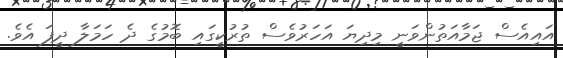
އައިއެސް ޖަމާއަތުންވަނީ މިދިޔަ އަހަރުވެސް ތުރުކީގައި ބޮމުގެ ދެ ހަމަލާ ދީފަ އެވެ.